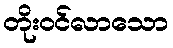
တိုးဝင်လာသော